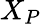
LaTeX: X_{P}